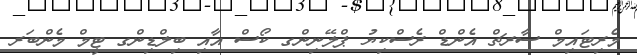
މެރިޓައިމް ސާރޗް އެންޑް ރެސްކިޔު ޕްލޭނިންގ ކޯސް އާއި ބިލްޑިންގ ޓީމް މެންބަރ